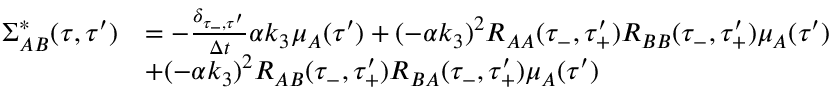
\begin{array} { r l } { \Sigma _ { A B } ^ { * } ( \tau , \tau ^ { \prime } ) } & { = - \frac { \delta _ { \tau _ { - } , \tau ^ { \prime } } } { \Delta t } \alpha k _ { 3 } \mu _ { A } ( \tau ^ { \prime } ) + ( - \alpha k _ { 3 } ) ^ { 2 } R _ { A A } ( \tau _ { - } , \tau _ { + } ^ { \prime } ) R _ { B B } ( \tau _ { - } , \tau _ { + } ^ { \prime } ) \mu _ { A } ( \tau ^ { \prime } ) } \\ & { + ( - \alpha k _ { 3 } ) ^ { 2 } R _ { A B } ( \tau _ { - } , \tau _ { + } ^ { \prime } ) R _ { B A } ( \tau _ { - } , \tau _ { + } ^ { \prime } ) \mu _ { A } ( \tau ^ { \prime } ) } \end{array}